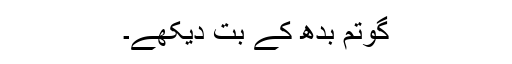
گوتم بدھ کے بت دیکھے۔